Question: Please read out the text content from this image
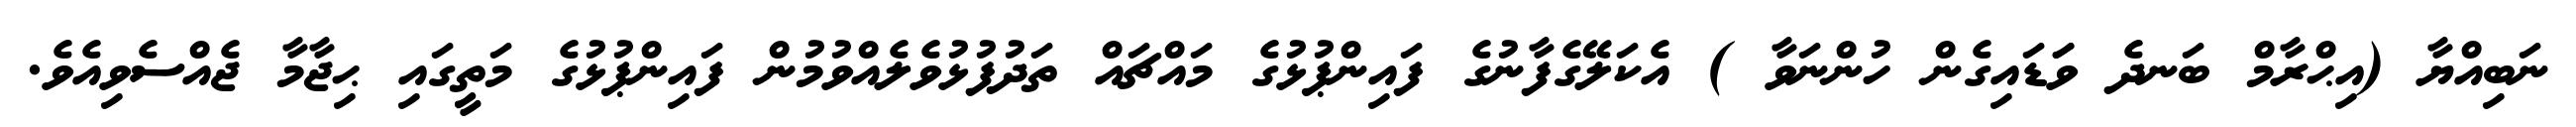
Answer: ނަބިއްޔާ (އިޙްރާމް ބަނދެ ވަަޑައިގެން ހުންނަވާ ) އެކަލޭގެފާނުގެ ފައިންޕުޅުގެ މައްޗައް ތަދުފުޅުވެލެއްވުމުން ފައިންޕުޅުގެ މަތީގައި ޙިޖާމާ ޖެއްސެވިއެވެ.